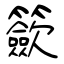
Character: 籨